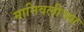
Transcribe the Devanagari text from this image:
मानिवलीच्या